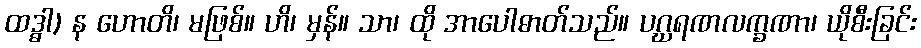
ထဒ္ဓါ) န ဟောတိ၊ မဖြစ်။ ဟိ၊ မှန်။ သာ၊ ထို အာပေါဓာတ်သည်။ ပဂ္ဃရဏလက္ခဏာ၊ ယိုစီးခြင်း